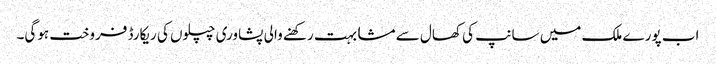
اب پورے ملک میں سانپ کی کھال سے مشابہت رکھنے والی پشاوری چپلوں کی ریکارڈ فروخت ہوگی۔